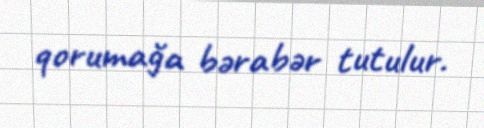
qorumağa bərabər tutulur.